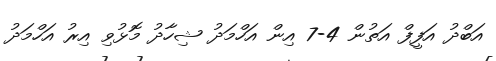
އަބްދު އަފީފް އަތުން 4-7 އިން އަހްމަދު ޝިހާދު މޮޅުވި އިރު އަހްމަދު